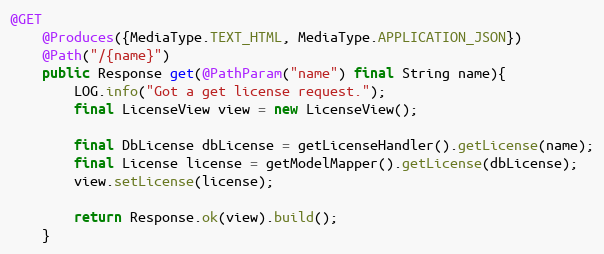
Language: Java
@GET
    @Produces({MediaType.TEXT_HTML, MediaType.APPLICATION_JSON})
    @Path("/{name}")
    public Response get(@PathParam("name") final String name){
        LOG.info("Got a get license request.");
        final LicenseView view = new LicenseView();

        final DbLicense dbLicense = getLicenseHandler().getLicense(name);
        final License license = getModelMapper().getLicense(dbLicense);
        view.setLicense(license);

        return Response.ok(view).build();
    }